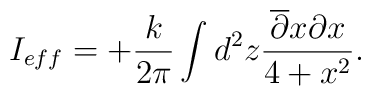
I_{eff} = + \frac {k}{2\pi} \int d^2z \frac {\overline {\partial } x\partial x}{4+ x^2} .